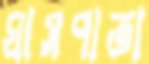
ঘাসপাতা